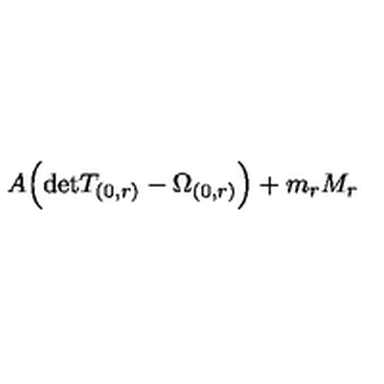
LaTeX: A \Bigl ( \mathrm { d e t } T _ { ( 0 , r ) } - \Omega _ { ( 0 , r ) } \Bigr ) + m _ { r } M _ { r }